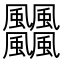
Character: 𩙡